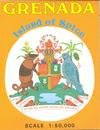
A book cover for Grenada, Isle of Spice Map; Ordnance Survey OS International; Travel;